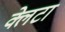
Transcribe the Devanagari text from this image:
क्लेटा